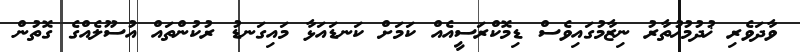
ވާދަވެރި ޚުދުމުޚުތާރު ނިޒާމުގައިވެސް ޑިމޮކްރަސީއެއް ކަމަށް ކަނޑައަޅާ މައިގަނޑު ރުކުންތައް އުސޫލެއްގެ ގޮތުން